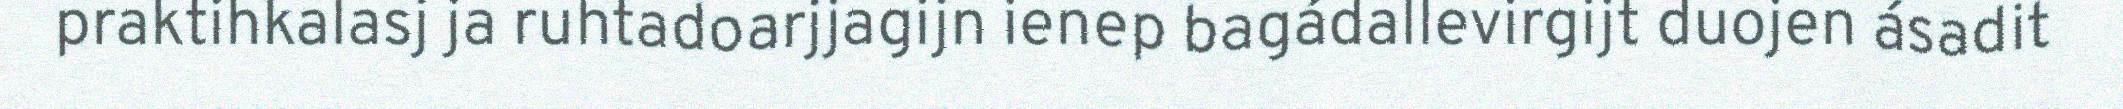
praktihkalasj ja ruhtadoarjjagijn ienep bagádallevirgijt duojen ásadit